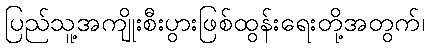
ပြည်သူ့အကျိုးစီးပွားဖြစ်ထွန်းရေးတို့အတွက်၊